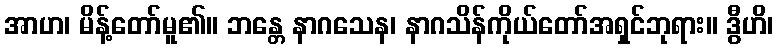
အာဟ၊ မိန့်တော်မူ၏။ ဘန္တေ နာဂသေန၊ နာဂသိန်ကိုယ်တော်အရှင်ဘုရား။ ဒွီဟိ၊